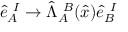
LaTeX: \hat { e } _ { A } ^ { \ I } \rightarrow \hat { \Lambda } _ { A } ^ { \ B } ( \hat { x } ) \hat { e } _ { B } ^ { \ I }